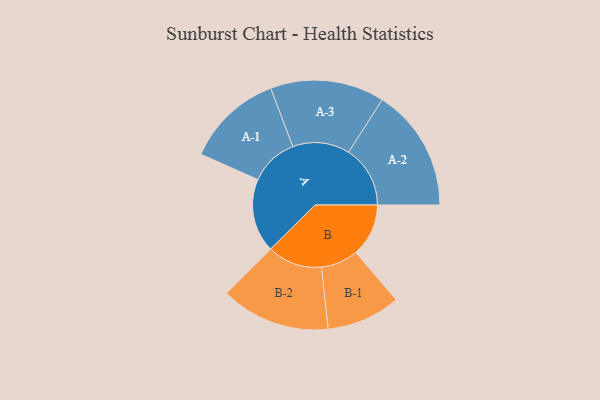
{"axis": {"x": "Segment", "y": "Value"}, "legend": ["", "A", "B"], "data": [{"x": "A", "y": 297, "type": ""}, {"x": "B", "y": 213, "type": ""}, {"x": "A-1", "y": 195, "type": "A"}, {"x": "A-2", "y": 248, "type": "A"}, {"x": "A-3", "y": 230, "type": "A"}, {"x": "B-1", "y": 149, "type": "B"}, {"x": "B-2", "y": 221, "type": "B"}]}